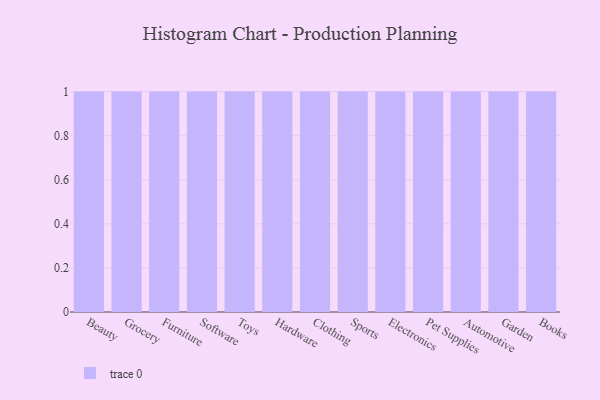
{"axis": {"x": "Category", "y": "Customer Acquisition Cost (USD)"}, "legend": [""], "data": [{"x": "Beauty", "y": 51, "type": ""}, {"x": "Grocery", "y": 91, "type": ""}, {"x": "Furniture", "y": 18, "type": ""}, {"x": "Software", "y": 50, "type": ""}, {"x": "Toys", "y": 81, "type": ""}, {"x": "Hardware", "y": 80, "type": ""}, {"x": "Clothing", "y": 17, "type": ""}, {"x": "Sports", "y": 74, "type": ""}, {"x": "Electronics", "y": 48, "type": ""}, {"x": "Pet Supplies", "y": 17, "type": ""}, {"x": "Automotive", "y": 59, "type": ""}, {"x": "Garden", "y": 15, "type": ""}, {"x": "Books", "y": 50, "type": ""}]}